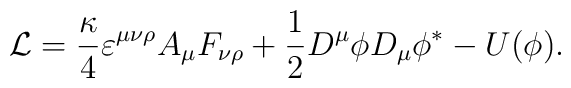
{\cal L}=\frac \kappa 4\varepsilon ^{\mu \nu \rho }A_\mu F_{\nu \rho }+\frac 12D^\mu \phi D_\mu \phi ^{*}-U(\phi).